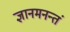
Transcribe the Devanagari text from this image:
ज्ञानमनन्तं